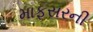
માફસરની